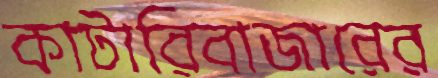
কাটারিবাজারের